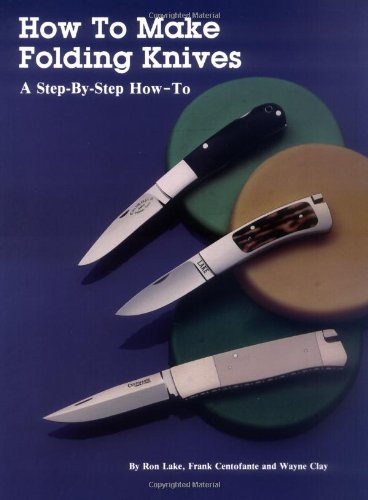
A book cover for How to Make Folding Knives: A Step-By-Step How-To; Ron Lake; Crafts, Hobbies & Home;